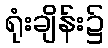
ရုံးချိန်း၌